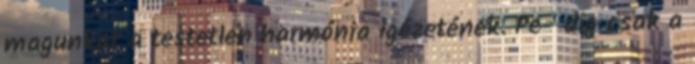
magunkat a testetlen harmónia igézetének. Pe- dig csak a